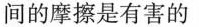
间的摩擦是有害的